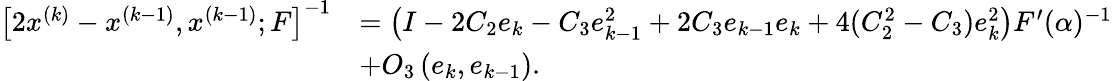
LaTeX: \begin{array}{rl}{\left[2x^{(k)}-x^{(k-1)},x^{(k-1)};F\right]^{-1}}&{=\left(I-2C_{2}e_{k}-C_{3}e_{k-1}^{2}+2C_{3}e_{k-1}e_{k}+4(C_{2}^{2}-C_{3})e_{k}^{2}\right)F^{\prime}(\alpha)^{-1}}\\ &{+O_{3}\left(e_{k},e_{k-1}\right).}\end{array}